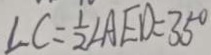
\angle C = \frac { 1 } { 2 } \angle A E D = 3 5 ^ { \circ }